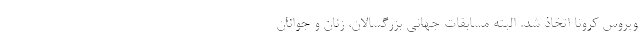
ویروس کرونا اتخاذ شد. البته مسابقات جهانی بزرگسالان، زنان و جوانان